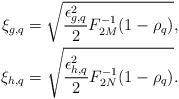
LaTeX: \begin{align*}\begin{aligned}\xi_{g,q}=\sqrt{ \frac{\epsilon_{g,q}^2}{2} F_{2M}^{-1}(1-\rho_q) }, \\\xi_{h,q}=\sqrt{ \frac{\epsilon_{h,q}^2}{2} F_{2N}^{-1}(1-\rho_q) }. \end{aligned}\end{align*}